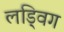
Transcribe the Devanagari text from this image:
लड्विग